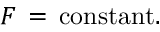
F \, = \, \mathrm { c o n s t a n t } .